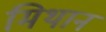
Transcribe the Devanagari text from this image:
मिथान